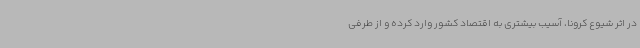
در اثر شیوع کرونا، آسیب‌ بیشتری به اقتصاد کشور وارد کرده و از طرفی